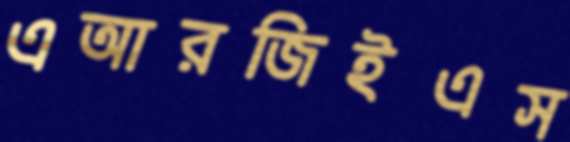
এআরজিইএস